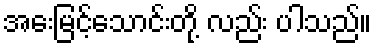
အေးမြင့်သောင်းတို့ လည်း ပါသည်။